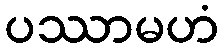
ပဿာမဟံ